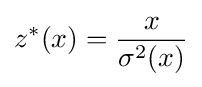
z^{*}(x)={\frac {x}{\sigma ^{2}(x)}}